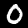
Digit: 0